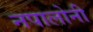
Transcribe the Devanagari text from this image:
नपालोनी